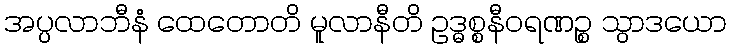
အပ္ပလာဘီနံ ထေတောတိ မူလာနီတိ ဥဒ္ဓစ္စနီဝရဏဉ္စ သွာဒယော